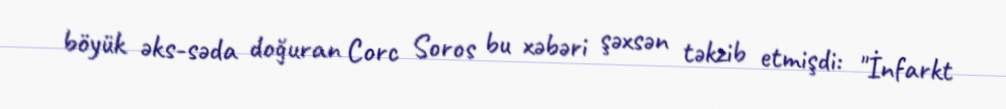
böyük əks-səda doğuran Corc Soros bu xəbəri şəxsən təkzib etmişdi: "İnfarkt